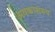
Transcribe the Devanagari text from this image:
अवकाशरुप